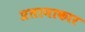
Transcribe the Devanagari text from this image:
प्रतानाकार